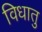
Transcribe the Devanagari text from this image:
विधातु